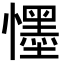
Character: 𭟓